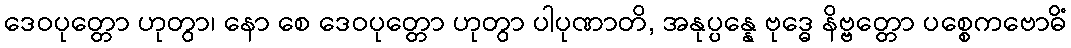
ဒေဝပုတ္တော ဟုတွာ၊ နော စေ ဒေဝပုတ္တော ဟုတွာ ပါပုဏာတိ, အနုပ္ပန္နေ ဗုဒ္ဓေ နိဗ္ဗတ္တော ပစ္စေကဗောဓိံ